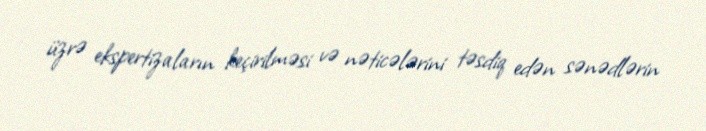
üzrə ekspertizaların keçirilməsi və nəticələrini təsdiq edən sənədlərin